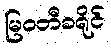
မြဝတီခရိုင်